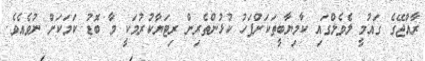
ރާއްޖޭގެ ގައުމީ ލެވެލްގައި ކާމިޔާބީތަކަށްފަހު ކުޅުންތެރިން ރިޓަޔާކުރުމަކީ މާ ބޮޑު ކަމަކަށް ނުވެއެވެ.